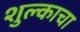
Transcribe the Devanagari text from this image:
शुल्काचा